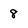
Character: 8